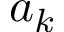
a _ { k }